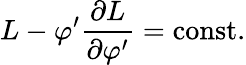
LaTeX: L-\varphi^{\prime}{\frac{\partial L}{\partial\varphi^{\prime}}}={\mathrm{const.}}